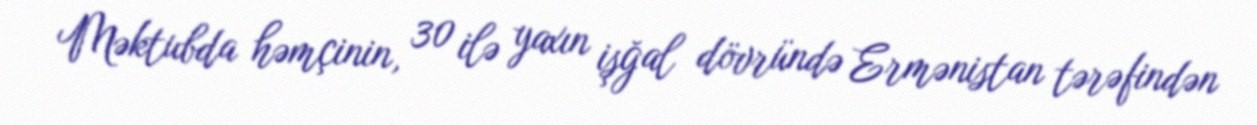
Məktubda həmçinin, 30 ilə yaxın işğal dövründə Ermənistan tərəfindən